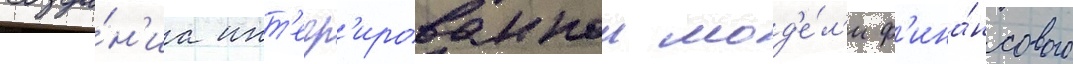
созда́н'иа инт'егр'ированнои мод'е́л'и ф'ина́нсового